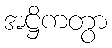
အဋ္ဌိကတွာ